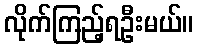
လိုက်ကြည့်ရဦးမယ်။